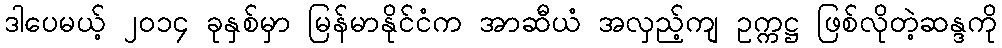
ဒါပေမယ့် ၂၀၁၄ ခုနှစ်မှာ မြန်မာနိုင်ငံက အာဆီယံ အလှည့်ကျ ဥက္ကဋ္ဌ ဖြစ်လိုတဲ့ဆန္ဒကို